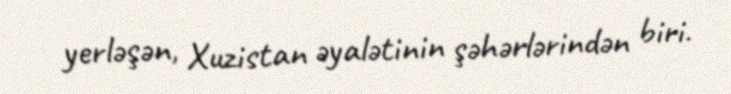
yerləşən, Xuzistan əyalətinin şəhərlərindən biri.